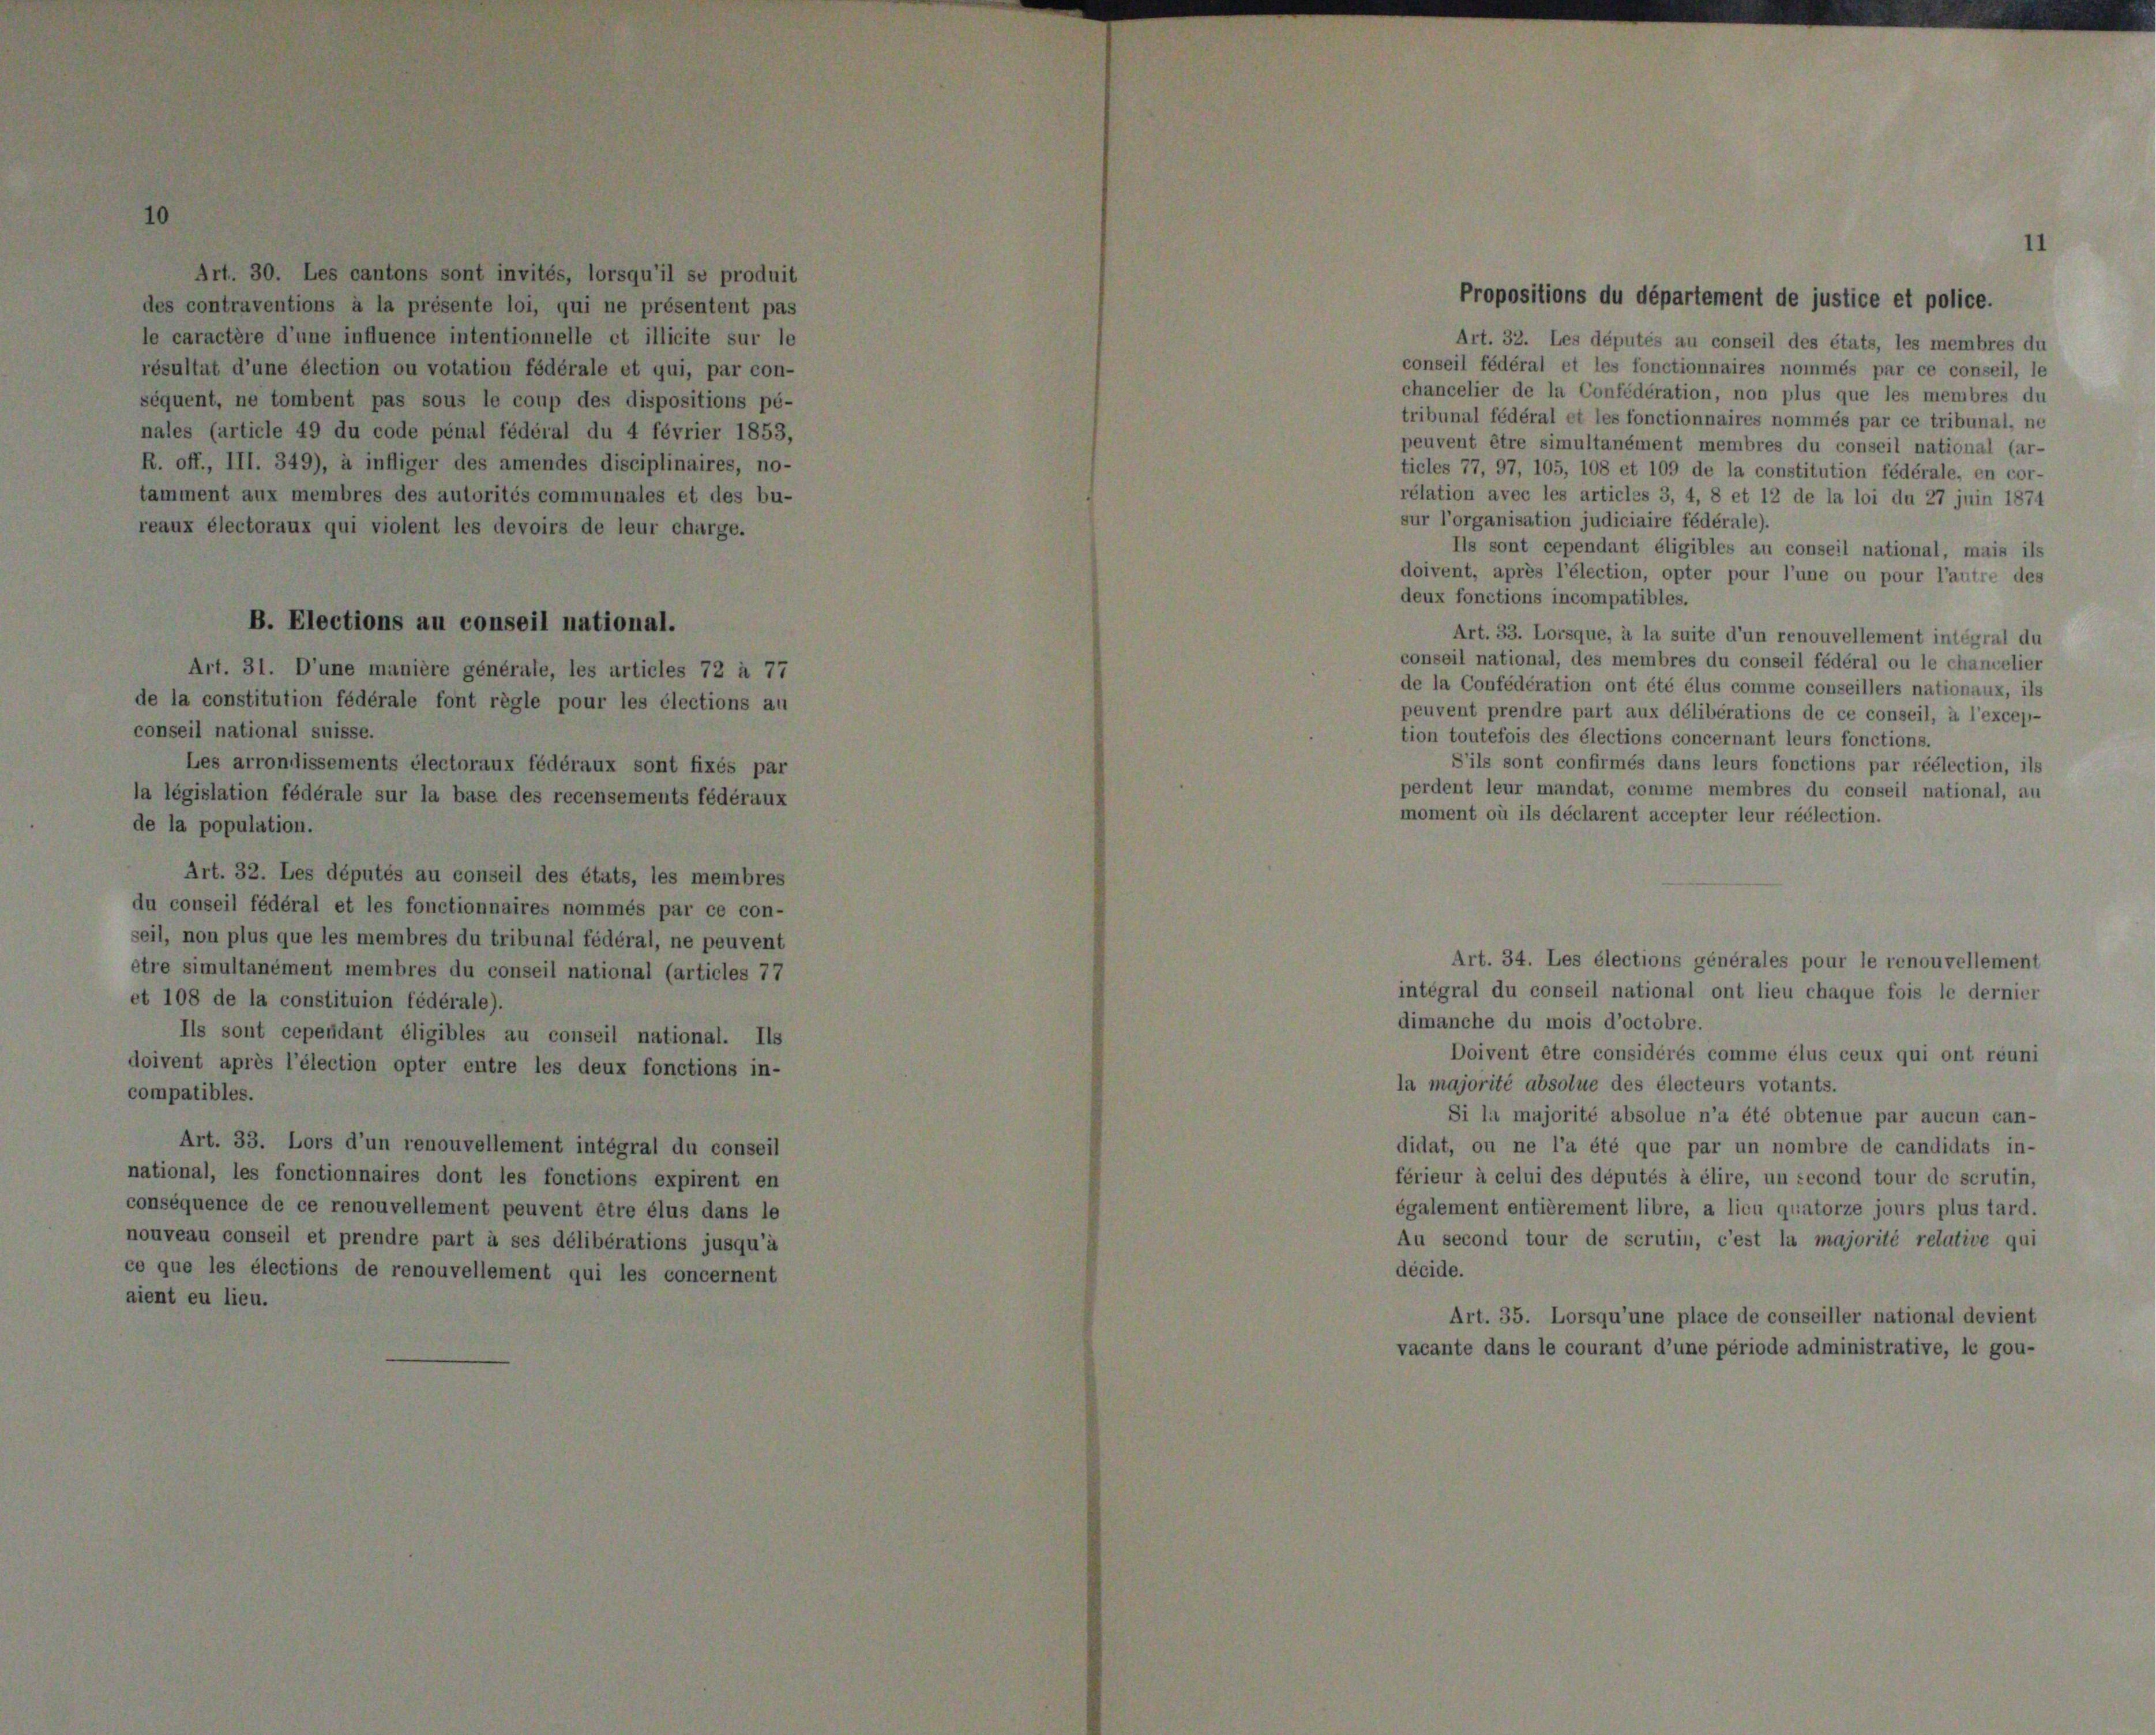
ir,

p

1

Art. 32. Les députés au conseil des états, les membres du
onseil fédéral et les fonctionnaires nommés par ce conseil, le
hancelier de la Confédération, non plus que les membres du
ribunal fédéral et les fonctionnaires nommés par ce tribunal, ne
euvent être simultanément membres du conseil national (ar-
icles 77, 97, 105, 108 et 109 de la constitution fédérale, en cor-
élation avec les articles 3, 4, 8 et 12 de la loi du 27 juin 1874
ur l’organisation judiciaire fédérale).
Ils sont cependant éligibles au conseil national, mais ils
oivent, après l’élection, opter pour l’une ou pour l’autre des
eux fonctions incompatibles.
Art. 33. Lorsque, à la suite d’un renouvellement intégral du
onseil national, des membres du conseil fédéral ou le chancelier
e la Confédération ont été élus comme conseillers nationaux, ils
euvent prendre part aux délibérations de ce conseil, à l’excep-
on toutefois des élections concernant leurs fonctions.
S’ils sont confirmés dans leurs fonctions par réélection, ils
erdent leur mandat, comme membres du conseil national, au
oment où ils déclarent accepter leur réélection.

du conseil national ont lieu chaque fois le dernier

s justice et

he du mois d’octobre.
oivent être considérés comme élus ceux qui ont réuni
orité absolue des électeurs votants.
la majorité absolue n’a été obtenue par aucun can-
ou ne l’a été que par un nombre de candidats in-
à celui des députés à élire, un second tour de scrutin,
ent entièrement libre, a lieu quatorze jours plus tard.
cond tour de scrutin, c’est la majorité relative qui

squ’une place de conseiller national,
urant d’une période administrative, 1

nt